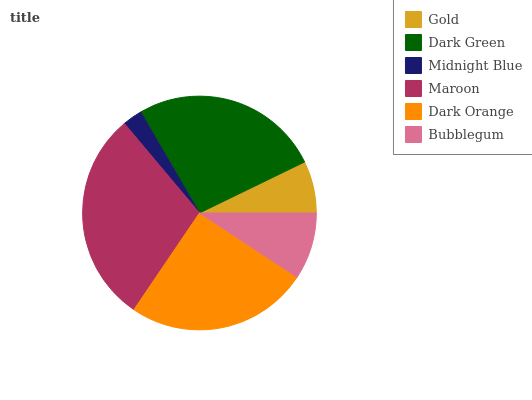
| Gold | Dark Green | Midnight Blue | Maroon | Dark Orange | Bubblegum |
 | --- | --- | --- | --- | --- | --- |
 | 7.19% | 26.3% | 2.72% | 29.4% | 25.1% | 9.26% |